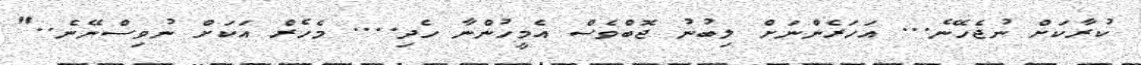
ކުރާކަށް ނުޖެހޭނެ... އަހަރެންނަށް ލިބުނު ޖޮބްވެސް އެމީހުންނާ ހެދި.... މެހެރް އަކަށް ނުވިސްނޭނެ.."